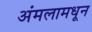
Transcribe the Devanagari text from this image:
अंमलामधून